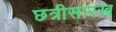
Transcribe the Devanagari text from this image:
छत्रीसारख